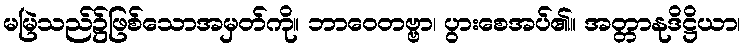
မမြဲသည်၌ဖြစ်သောအမှတ်ကို။ ဘာဝေတဗ္ဗာ၊ ပွားစေအပ်၏။ အတ္တာနုဒိဋ္ဌိယာ၊